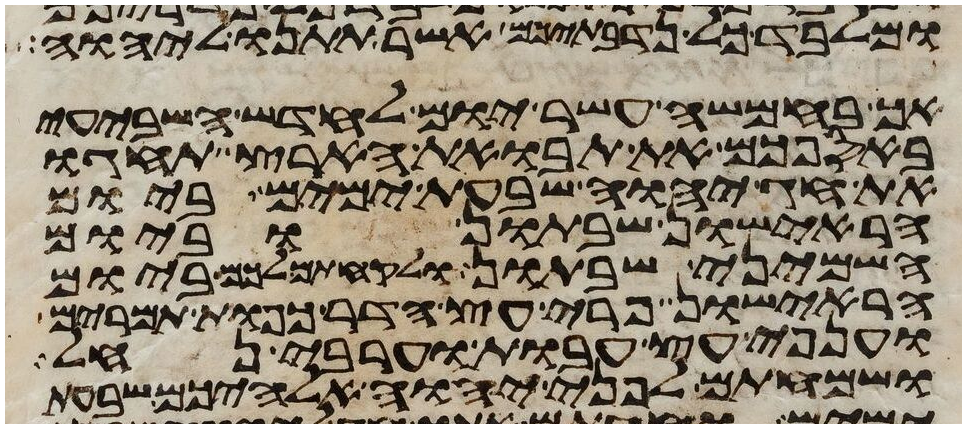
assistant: ומלבד כל נדבתיכם אשר תתנו ליהוה
אך בחמשה עשר יום לחדש השביעי
באספכם את תבואת הארץ תחגו
את חג יהוה שבעת ימים ביום
הראישון שבתון וביום
השמיני שבתון ולקחתם לכם ביום
הראישון פרי עץ הדר כפות תמרים
וענפי עץ עבות וערבי נחל
ושמחתם לפני יהוה אלהיכם שבעת